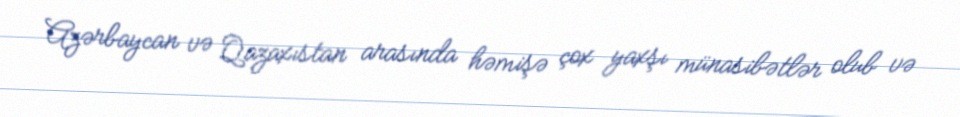
Azərbaycan və Qazaxıstan arasında həmişə çox yaxşı münasibətlər olub və